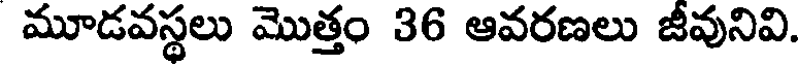
మూడవస్థలు మొత్తం 36 ఆవరణలు జీవునివి.